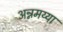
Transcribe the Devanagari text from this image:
अन्नमय्या